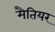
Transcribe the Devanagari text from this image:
मैतियर